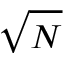
\sqrt { N }